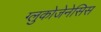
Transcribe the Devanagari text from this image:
ग्लुकोजेनेसिस